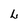
Character: L